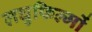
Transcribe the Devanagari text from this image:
लघुफिल्मों